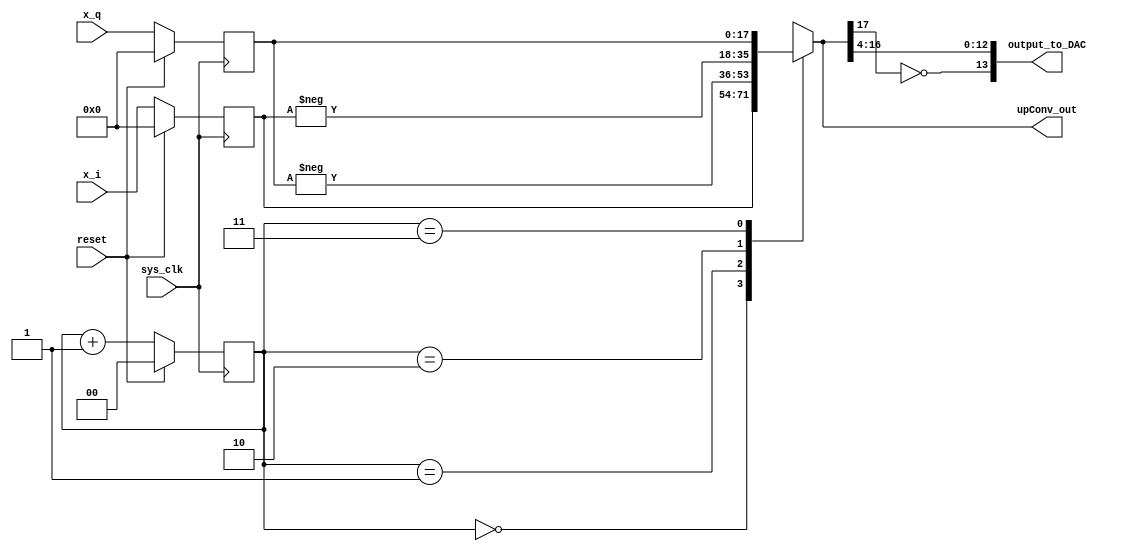
module upConv(
    input signed [17:0] x_i,
    input signed [17:0] x_q,
    input sys_clk, reset,
    output reg [13:0] output_to_DAC,
    output reg signed [17:0] upConv_out
);

(* preserve *) reg [1:0] upConvCNT;
(* preserve *) reg signed [17:0] x_i_delayed, x_q_delayed;

always @ (posedge sys_clk)
    if (reset)
        upConvCNT<=2'd0;
    else
        upConvCNT<=upConvCNT+2'd1;

always @ (posedge sys_clk)
	if (reset) begin
		x_i_delayed<=18'sd0;
	end
	else begin
		x_i_delayed<=x_i;
	end

always @ (posedge sys_clk)
	if (reset) begin
		x_q_delayed<=18'sd0;
	end
	else begin
		x_q_delayed<=x_q;
	end

always @ * 
    begin
        case (upConvCNT)
            2'd0 : upConv_out = $signed(x_i_delayed);
            2'd1 : upConv_out = -$signed(x_q_delayed); 
            2'd2 : upConv_out = -$signed(x_i_delayed);
            2'd3 : upConv_out = $signed(x_q_delayed); 
        endcase
    end

always @ *
	output_to_DAC={~upConv_out[17],upConv_out[16:4]};

endmodule

/*------------Downconverter------------*/
module dnConv #(
    parameter DELAY=3
)
(
    input signed [17:0] tp2,
    input sys_clk, reset,
    input [1:0] SW,
    output reg [13:0] output_to_DAC_I, output_to_DAC_Q,
    output reg signed [17:0] I_out,Q_out
);

(* preserve *) reg [1:0] dnConvCNT;
(* preserve *) reg signed [17:0] x_i, x_q;
(* noprune *) reg signed [17:0] tp2_delay [DELAY-1:0];
integer i;

always @ (posedge sys_clk)
    if (reset)
        dnConvCNT<=2'd0;
    else
        dnConvCNT<=dnConvCNT+2'd1;

always @ (posedge sys_clk)
    for (i=0; i<DELAY; i=i+1)
        if (i==0)
            tp2_delay[i]<=tp2;
        else
            tp2_delay[i]<=tp2_delay[i-1];

reg signed [17:0] tp2_timed;
always @ *
    case (SW)
        2'd0: tp2_timed=tp2;
        2'd1: tp2_timed=tp2_delay[0];
        2'd2: tp2_timed=tp2_delay[1];
        2'd3: tp2_timed=tp2_delay[2];
    endcase

always @ *
	if (reset) begin
		x_i<=18'sd0;
	end
	else begin
		x_i<=tp2_timed;
	end

always @ *
	if (reset) begin
		x_q<=18'sd0;
	end
	else begin
		x_q<=tp2_timed;
	end

always @ * 
    begin
        case (dnConvCNT)
            2'd0 : I_out = $signed(x_i);
            2'd1 : I_out = 18'sd0; 
            2'd2 : I_out = -$signed(x_i);
            2'd3 : I_out = 18'sd0; 
        endcase
    end

always @ * 
    begin
        case (dnConvCNT)
            2'd0 : Q_out = 18'sd0;
            2'd1 : Q_out = -$signed(x_q);
            2'd2 : Q_out = 18'sd0;
            2'd3 : Q_out = $signed(x_q);
        endcase
    end

always @ *
	output_to_DAC_I={~I_out[17],I_out[16:4]};

always @ *
	output_to_DAC_Q={~Q_out[17],Q_out[16:4]};

endmodule